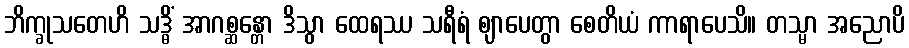
ဘိက္ခုသတေဟိ သဒ္ဓိံ အာဂစ္ဆန္တော ဒိသွာ ထေရဿ သရီရံ ဈာပေတွာ စေတိယံ ကာရာပေသိ။ တသ္မာ အညောပိ